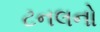
ટનલનો